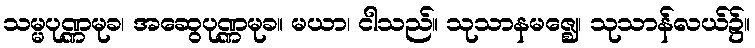
သမ္မပုဏ္ဏမုခ၊ အဆွေပုဏ္ဏမုခ။ မယာ၊ ငါသည်။ သုသာနမဇ္ဈေ၊ သုသာန်လယ်၌။